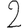
Digit: 2